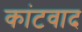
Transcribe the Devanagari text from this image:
कांटवाद